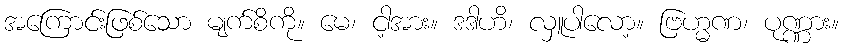
အကြောင်းဖြစ်သော မျက်စိကို။ မေ၊ ငါ့အား။ ဒဒါဟိ၊ လှူပါလော့။ ဗြဟ္မဏ၊ ပုဏ္ဏား။